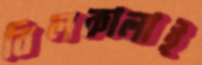
বিলকালাই